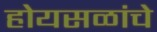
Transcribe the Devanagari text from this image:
होयसळांचे